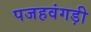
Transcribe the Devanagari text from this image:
पजहवंगड़ी